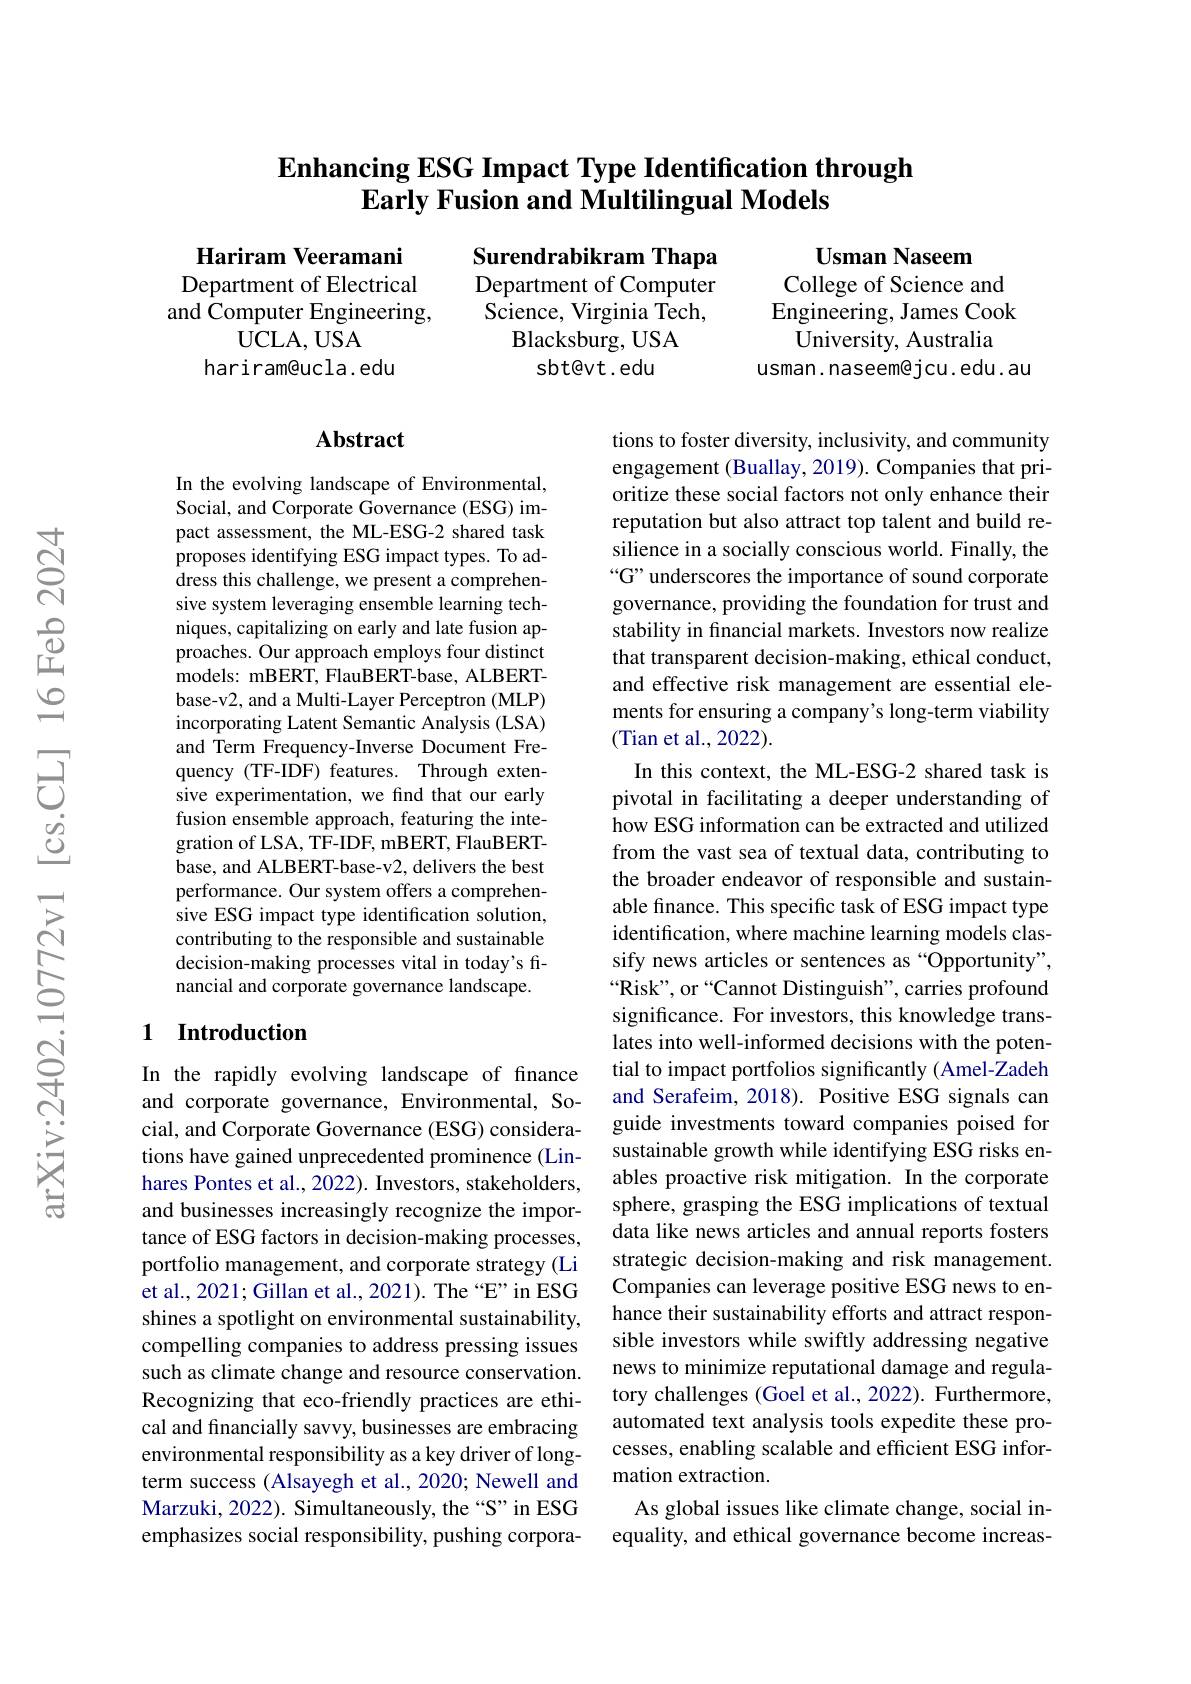
# Enhancing ESG Impact Type Identification through Early Fusion and Multilingual Models

$\begin{array}{cccc}\textbf{Hariram Veeramani}&\text{Surendrabikram Thapa}&\textbf{Usman Naseem}\\\text{Department of Electrical}&&\text{Department of Computer}&\text{College of Science and}\\\text{and Computer Engineering,}&&\text{Science, Virginia Tech,}&&\text{Engineering, James Cook}\\\text{UCLA, USA}&&\text{Blacksburg, US}\end{array}$
sbt@vt.edu

usman. naseem@jcu. edu. au

hariram@ucla.edu

## Abstract

In the evolving landscape of Environmental, Social, and Corporate Governance (ESG) impact assessment, the ML-ESG-2 shared task proposes identifying ESG impact types. To address this challenge, we present a comprehensive system leveraging ensemble learning techniques, capitalizing on early and late fusion approaches. Our approach employs four distinct models: mBERT, FlauBERT-base, ALBERTbase-v2, and a Multi-Layer Perceptron (MLP) incorporating Latent Semantic Analysis (LSA) and Term Frequency-Inverse Document Frequency (TF-IDF) features. Through extensive experimentation, we find that our early fusion ensemble approach, featuring the integration of LSA, TF-IDF, mBERT, FlauBERTbase, and ALBERT-base-v2, delivers the best performance. Our system offers a comprehensive ESG impact type identification solution, contributing to the responsible and sustainable decision-making processes vital in today's financial and corporate governance landscape.

tions to foster diversity, inclusivity, and community engagement (Buallay, 2019). Companies that prioritize these social factors not only enhance their reputation but also attract top talent and build resilience in a socially conscious world. Finally, the “G” underscores the importance of sound corporate governance, providing the foundation for trust and stability in financial markets. Investors now realize that transparent decision-making, ethical conduct, and effective risk management are essential elements for ensuring a company's long-term viability (Tian et al.,2022).
In this context, the ML-ESG-2 shared task is pivotal in facilitating a deeper understanding of how ESG information can be extracted and utilized from the vast sea of textual data, contributing to the broader endeavor of responsible and sustainable finance. This specific task of ESG impact type identification, where machine learning models classify news articles or sentences as “Opportunity”, “Risk”, or “Cannot Distinguish", carries profound significance. For investors, this knowledge translates into well-informed decisions with the potential to impact portfolios significantly (Amel-Zadeh and Serafeim, 2018). Positive ESG signals can guide investments toward companies poised for sustainable growth while identifying ESG risks enables proactive risk mitigation. In the corporate sphere, grasping the ESG implications of textual data like news articles and annual reports fosters strategic decision-making and risk management. Companies can leverage positive ESG news to enhance their sustainability efforts and attract responsible investors while swiftly addressing negative news to minimize reputational damage and regulatory challenges (Goel et al., 2022). Furthermore, automated text analysis tools expedite these processes, enabling scalable and efficient ESG information extraction.
As global issues like climate change, social inequality, and ethical governance become increas-

## 1 Introduction

In the rapidly evolving landscape of finance and corporate governance, Environmental, Social, and Corporate Governance (ESG) considerations have gained unprecedented prominence (Linhares Pontes et al., 2022). Investors, stakeholders, and businesses increasingly recognize the importance of ESG factors in decision-making processes, portfolio management, and corporate strategy (Li et al., 2021; Gillan et al., 2021). The “E” in ESG shines a spotlight on environmental sustainability, compelling companies to address pressing issues such as climate change and resource conservation. Recognizing that eco-friendly practices are ethical and financially savvy, businesses are embracing environmental responsibility as a key driver of longterm success (Alsayegh et al., 2020; Newell and Marzuki, 2022). Simultaneously, the “S” in ESG emphasizes social responsibility, pushing corpora-